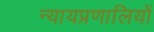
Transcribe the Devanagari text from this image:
न्यायप्रणालियों